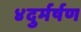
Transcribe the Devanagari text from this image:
४दुर्मर्षण